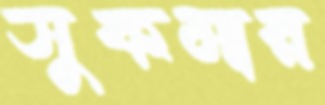
সুকমার